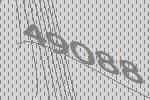
49088